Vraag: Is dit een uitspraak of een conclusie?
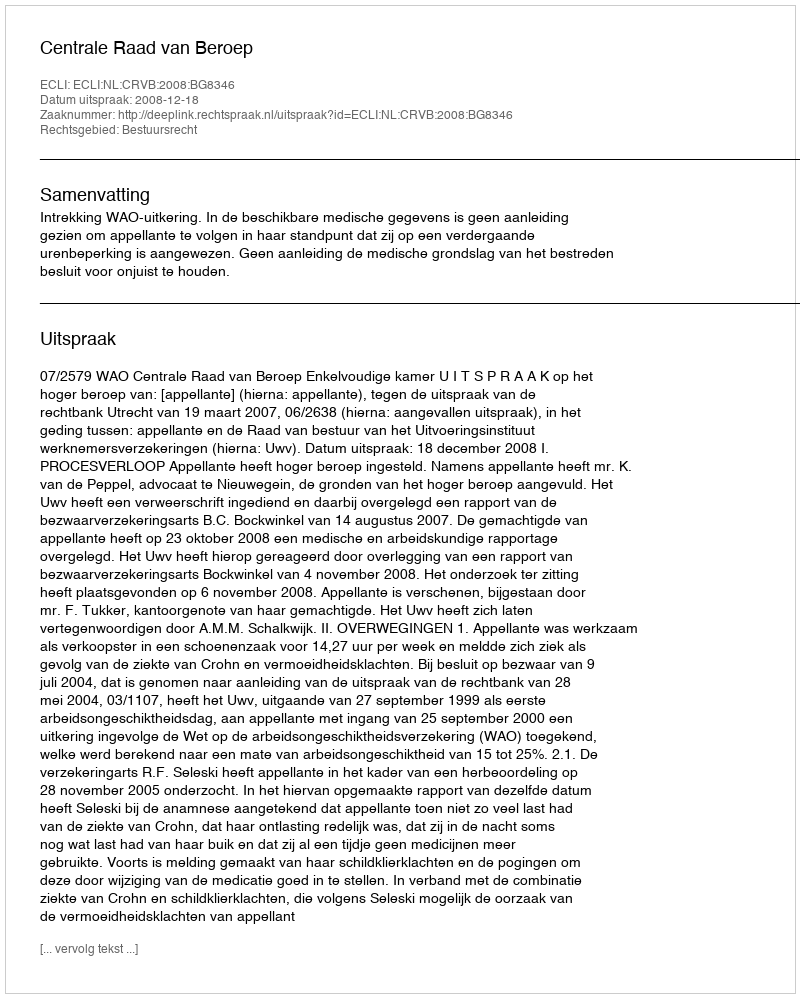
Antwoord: Uitspraak